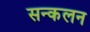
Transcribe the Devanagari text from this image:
सन्कलन